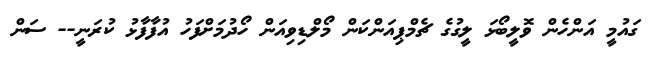
ގައުމީ އަންހެން ވޮލީބޯޅަ ލީގުގެ ޗެމްޕިއަންކަން މޯލްޑިވިއަން ހޯދުމަށްފަހު އުފާފާޅު ކުރަނީ-- ސަން